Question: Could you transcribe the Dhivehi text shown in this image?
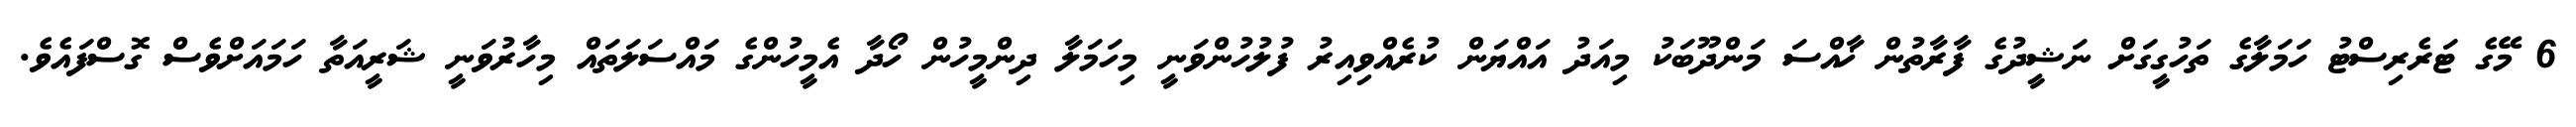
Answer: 6 މޭގެ ޓަރެރިސްޓު ހަމަލާގެ ތަހުގީގަށް ނަޝީދުގެ ފާރާތުން ޚާއްސަ މަންދޫބަކު މިއަދު އައްޔަން ކުރެއްވިއިރު ފުލުހުންވަނީ މިހަމަލާ ދިންމީހުން ހޯދާ އެމީހުންގެ މައްސަލަތައް މިހާރުވަނީ ޝަރީއަތާ ހަމައަށްވެސް ގޮސްފައެވެ.